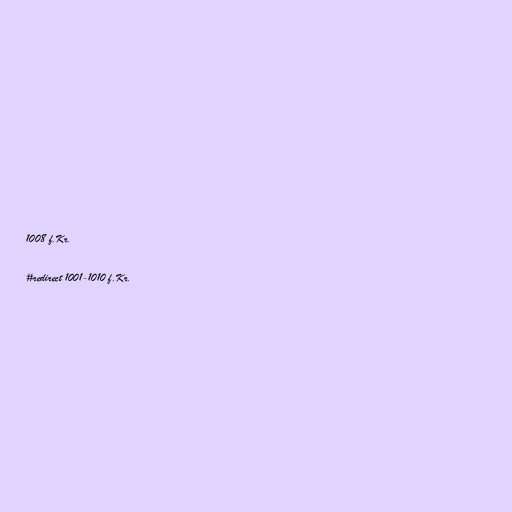
1008 f.Kr.

#redirect 1001-1010 f.Kr.